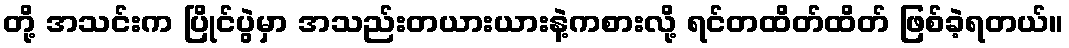
တို့ အသင်းက ပြိုင်ပွဲမှာ အသည်းတယားယားနဲ့ကစားလို့ ရင်တထိတ်ထိတ် ဖြစ်ခဲ့ရတယ်။